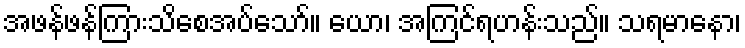
အဖန်ဖန်ကြားသိစေအပ်သော်။ ယော၊ အကြင်ရဟန်းသည်။ သရမာနော၊